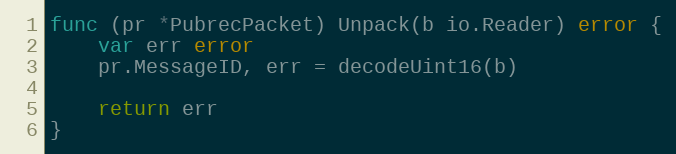
Language: Go
func (pr *PubrecPacket) Unpack(b io.Reader) error {
	var err error
	pr.MessageID, err = decodeUint16(b)

	return err
}